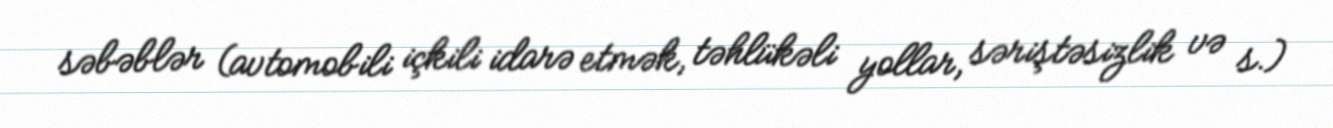
səbəblər (avtomobili içkili idarə etmək, təhlükəli yollar, səriştəsizlik və s.)